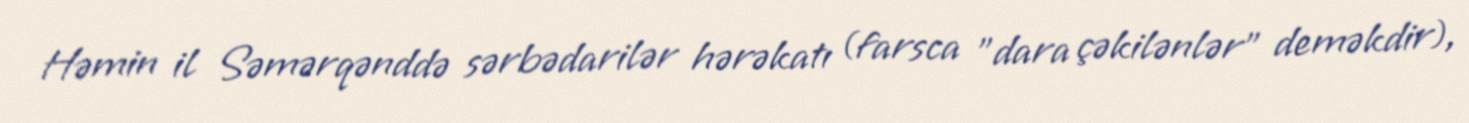
Həmin il Səmərqənddə sərbədarilər hərəkatı (farsca "dara çəkilənlər" deməkdir),